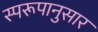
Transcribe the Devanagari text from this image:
स्परूपानुसार